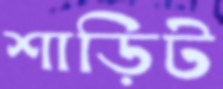
শাড়িট